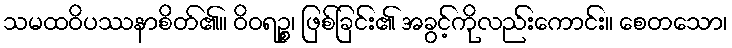
သမထဝိပဿနာစိတ်၏။ ဝိဝရဉ္စ၊ ဖြစ်ခြင်း၏ အခွင့်ကိုလည်းကောင်း။ စေတသော၊